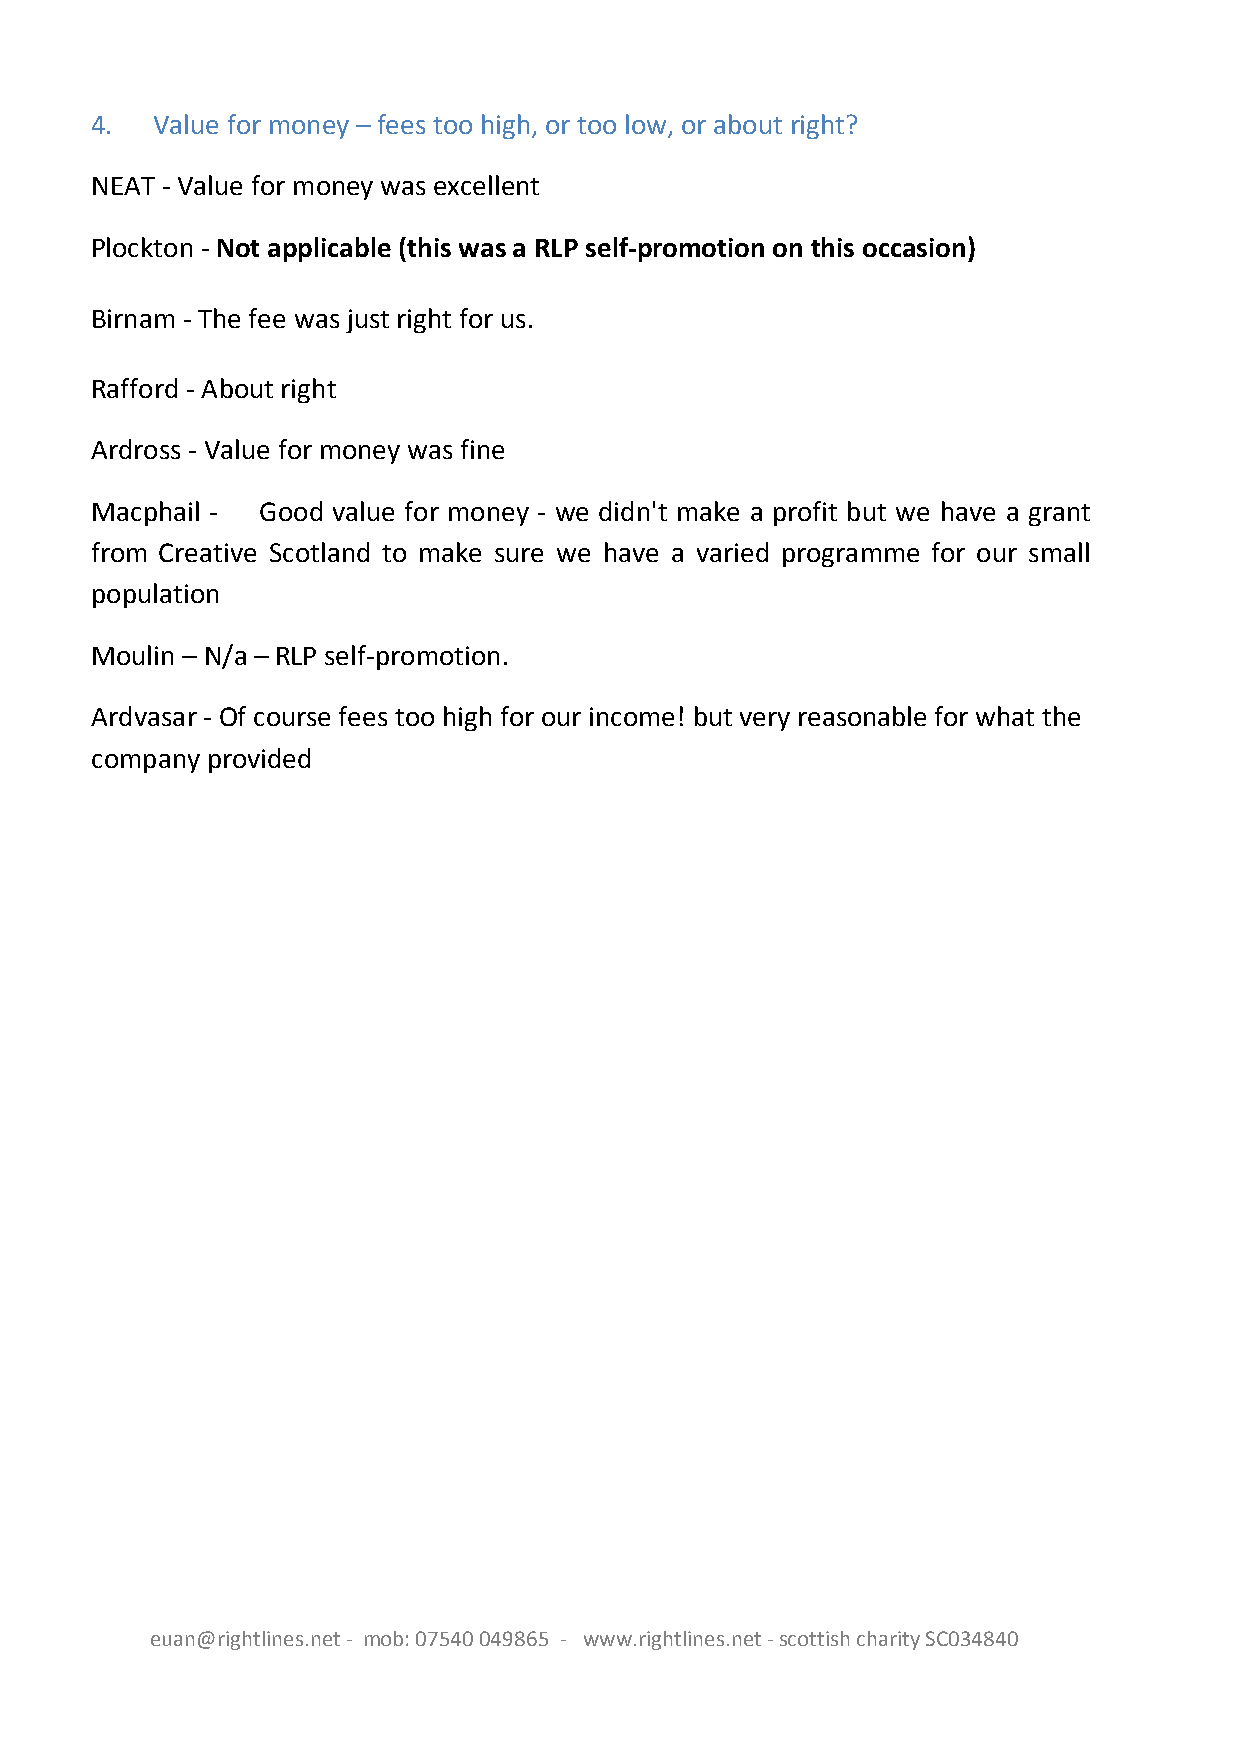
4.  Value for money – fees too high, or too low, or about right?
 NEAT - Value for money was excellent
 Plockton - Not applicable (this was a RLP self-promotion on this occasion)
 Birnam - The fee was just right for us.
 Rafford - About right
 Ardross - Value for money was fine
 Macphail - Good value for money - we didn't make a profit but we have a grant
 from Creative Scotland to make sure we have a varied programme for our small
 population
 Moulin – N/a – RLP self-promotion.
 Ardvasar - Of course fees too high for our income! but very reasonable for what the
 company provided
 euan@rightlines.net - mob: 07540 049865 - www.rightlines.net - scottish charity SC034840